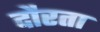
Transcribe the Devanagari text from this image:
दौरता